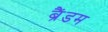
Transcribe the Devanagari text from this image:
ब्रैंडम